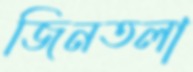
জিনতলা